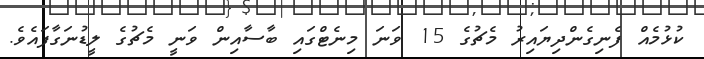
ކުޅުމެއް ފެނިގެންދިޔައިރު މެޗުގެ 15 ވަނަ މިނެޓްގައި ބާސާއިން ވަނީ މެޗުގެ ލީޑުނަގާފައެވެ.